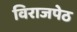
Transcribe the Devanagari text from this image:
विराजपेठ